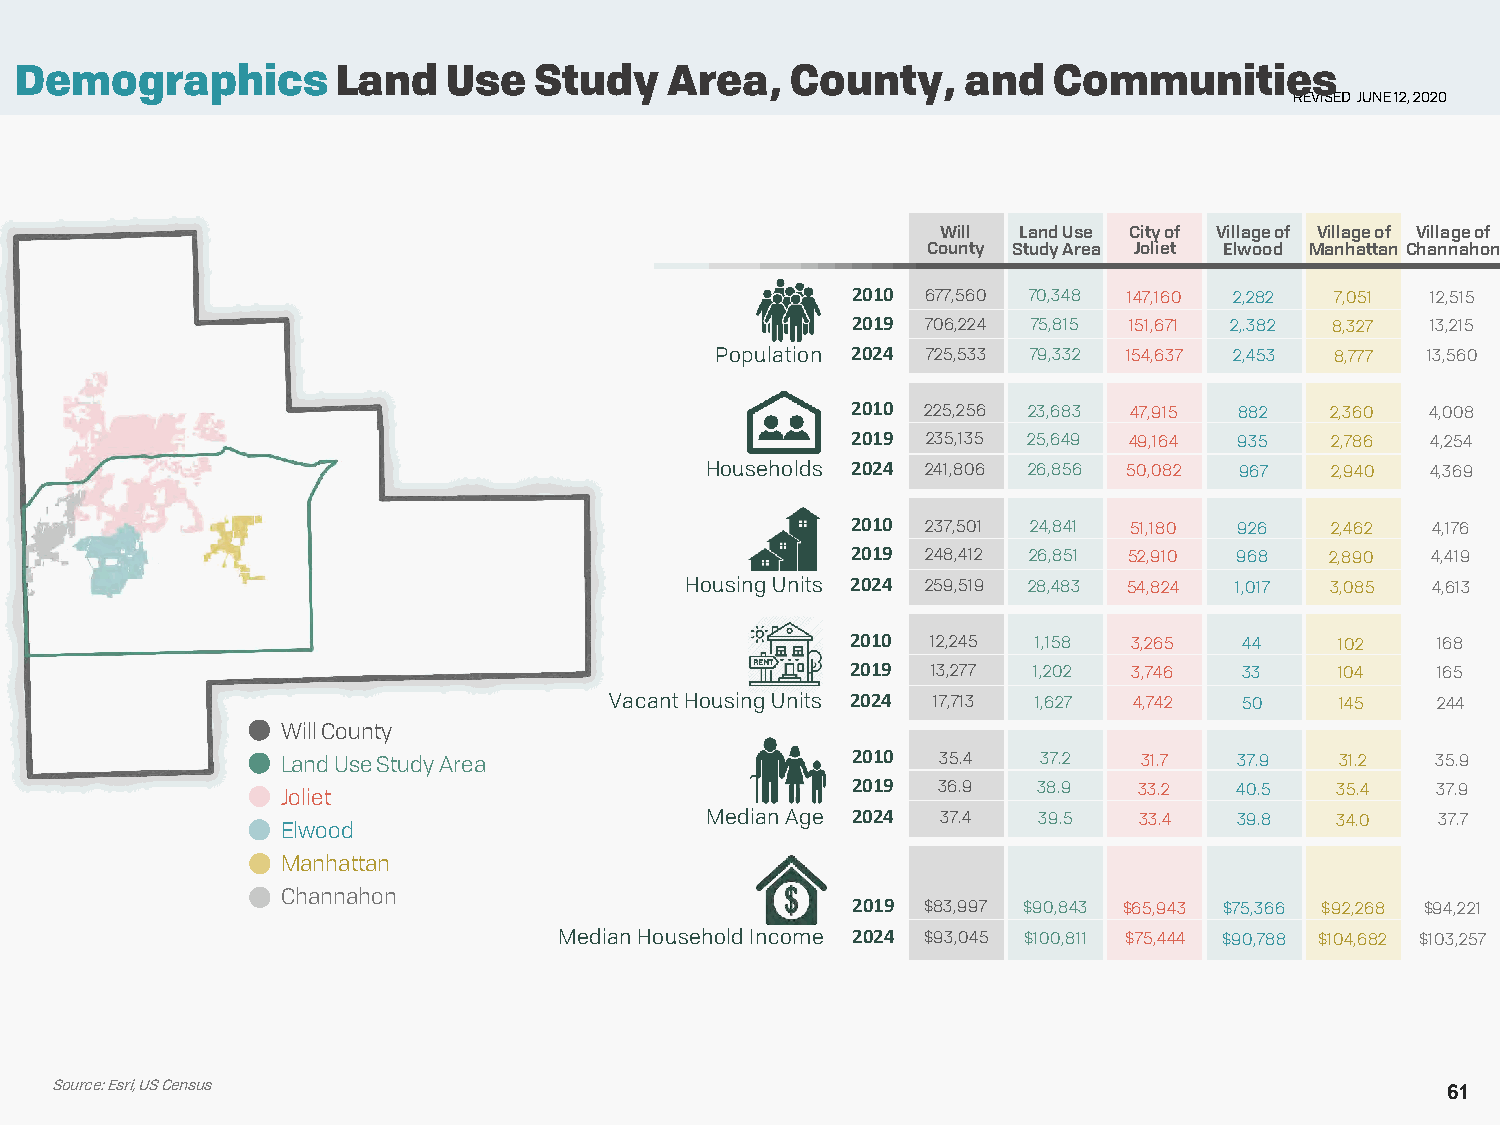
Demographics         Land    Use  Study    Area,   County,     and   Communities
 REVISED JUNE 12, 2020
 Will Land Use City of Village of Village of Village of
 County Study Area Joliet Elwood Manhattan Channahon
 2010 677,560 70,348 147,160 2,282 7,051 12,515
 2019 706,224 75,815 151,671 2,.382 8,327 13,215
 Population 2024 725,533 79,332 154,637 2,453 8,777 13,560
 2010 225,256 23,683 47,915 882  2,360  4,008
 2019 235,135 25,649 49,164 935  2,786  4,254
 Households 2024 241,806 26,856 50,082 967 2,940 4,369
 2010 237,501 24,841 51,180 926  2,462  4,176
 2019 248,412 26,851 52,910 968  2,890  4,419
 Housing Units 2024 259,519 28,483 54,824 1,017 3,085 4,613
 2010  12,245 1,158 3,265  44     102   168
 2019  13,277 1,202 3,746  33     104   165
 Vacant Housing Units 2024 17,713 1,627 4,742 50  145   244
 Will County
 Land Use Study Area                  2010  35.4   37.2   31.7  37.9   31.2  35.9
 Joliet                               2019  36.9   38.9  33.2   40.5  35.4   37.9
 Median Age 2024 37.4  39.5  33.4   39.8  34.0   37.7
 Elwood
 Manhattan
 Channahon
 2019 $83,997 $90,843 $65,943 $75,366 $92,268 $94,221
 Median Household Income 2024 $93,045 $100,811 $75,444 $90,788 $104,682 $103,257
 Source: Esri, US Census
 61